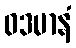
ဝဒမာနံ